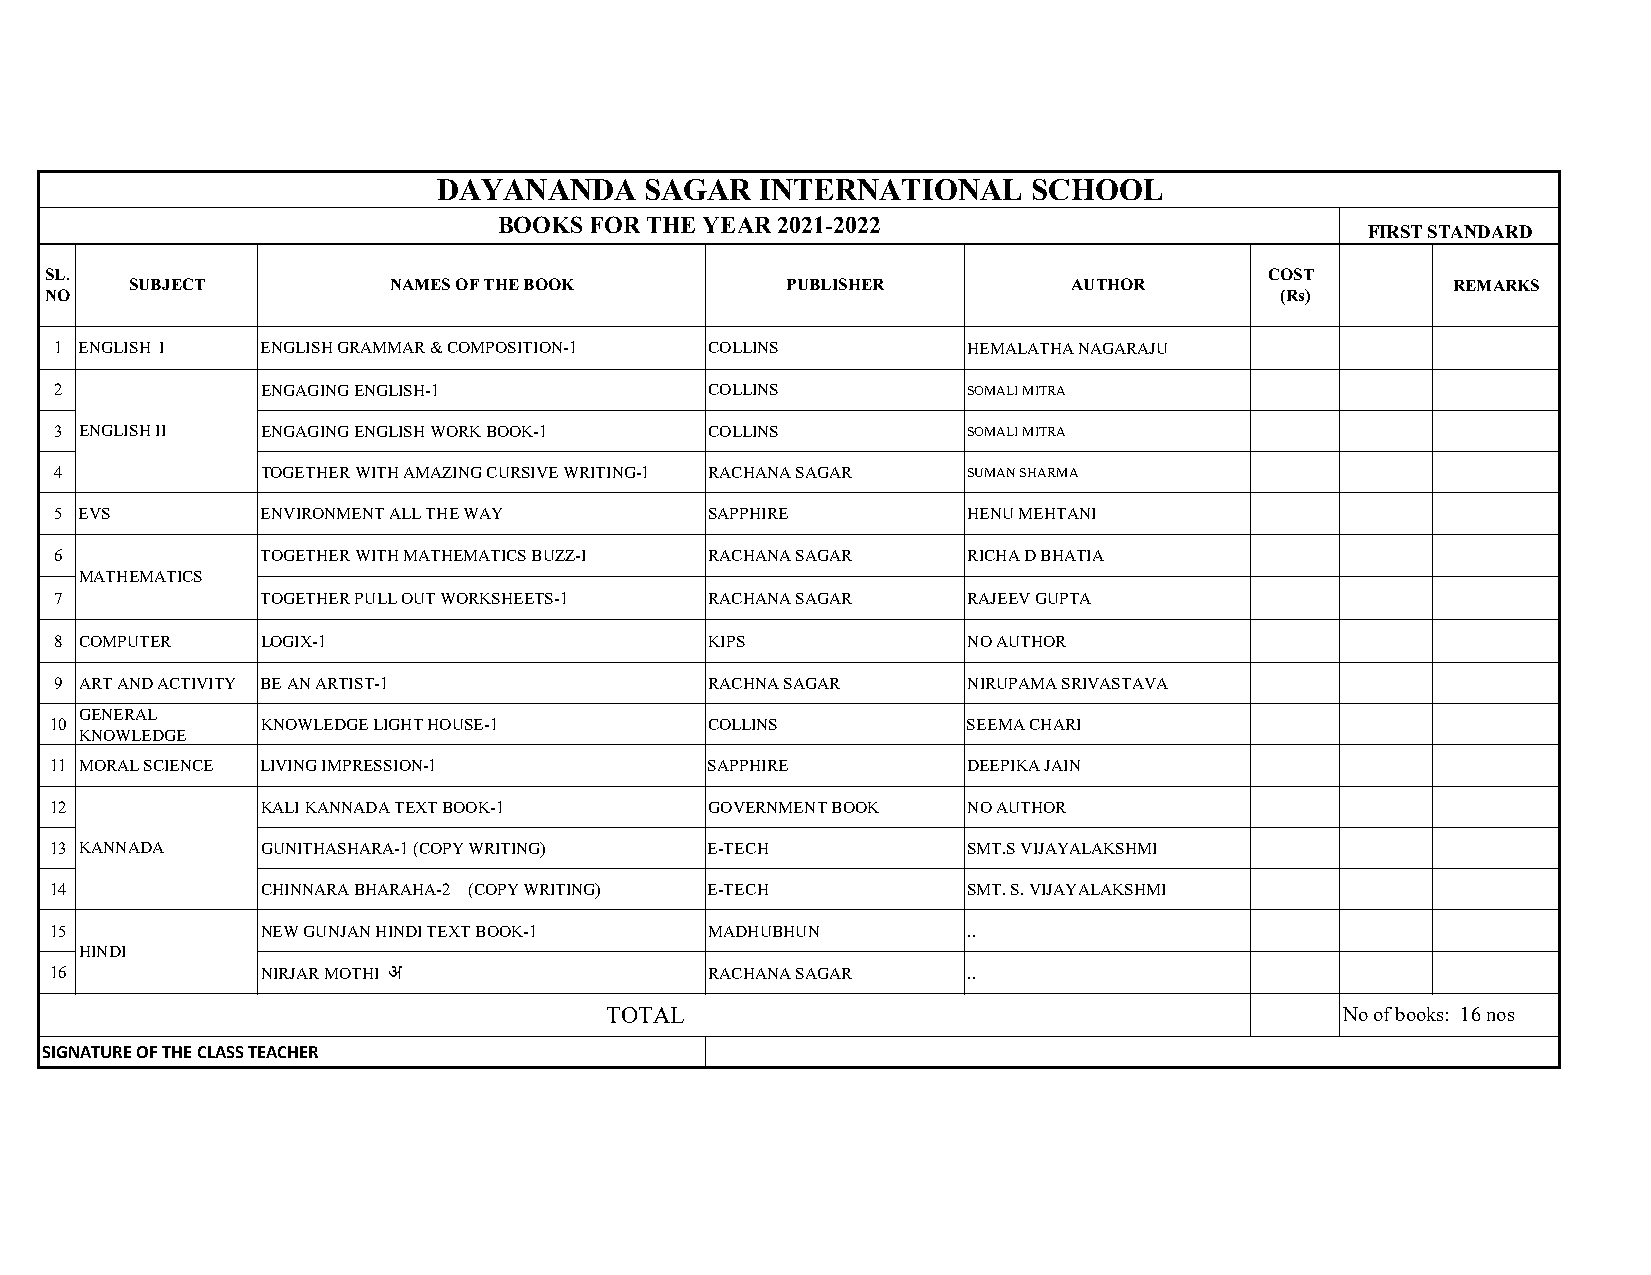
DAYANANDA     SAGAR  INTERNATIONAL     SCHOOL
 BOOKS FOR THE YEAR 2021-2022
 FIRST STANDARD
 SL.                                                                              COST
 SUBJECT          NAMES OF THE BOOK         PUBLISHER          AUTHOR                   REMARKS
 NO                                                                                (Rs)
 1 ENGLISH I  ENGLISH GRAMMAR & COMPOSITION-1 COLLINS        HEMALATHA NAGARAJU
 2            ENGAGING ENGLISH-1            COLLINS          SOMALI MITRA
 3 ENGLISH II ENGAGING ENGLISH WORK BOOK-1  COLLINS          SOMALI MITRA
 4            TOGETHER WITH AMAZING CURSIVE WRITING-1 RACHANA SAGAR SUMAN SHARMA
 5 EVS        ENVIRONMENT ALL THE WAY       SAPPHIRE         HENU MEHTANI
 6            TOGETHER WITH MATHEMATICS BUZZ-I RACHANA SAGAR RICHA D BHATIA
 MATHEMATICS
 7            TOGETHER PULL OUT WORKSHEETS-1 RACHANA SAGAR   RAJEEV GUPTA
 8 COMPUTER   LOGIX-1                       KIPS             NO AUTHOR
 9 ART AND ACTIVITY BE AN ARTIST-1          RACHNA SAGAR     NIRUPAMA SRIVASTAVA
 GENERAL
 10            KNOWLEDGE LIGHT HOUSE-1       COLLINS          SEEMA CHARI
 KNOWLEDGE
 11 MORAL SCIENCE LIVING IMPRESSION-1        SAPPHIRE         DEEPIKA JAIN
 12            KALI KANNADA TEXT BOOK-1      GOVERNMENT BOOK  NO AUTHOR
 13 KANNADA    GUNITHASHARA-1 (COPY WRITING) E-TECH           SMT.S VIJAYALAKSHMI
 14            CHINNARA BHARAHA-2 (COPY WRITING) E-TECH       SMT. S. VIJAYALAKSHMI
 15            NEW GUNJAN HINDI TEXT BOOK-1  MADHUBHUN        ..
 HINDI
 16            NIRJAR MOTHI                  RACHANA SAGAR    ..
 TOTAL                                            No of books: 16 nos
 SIGNATURE OF THE CLASS TEACHER